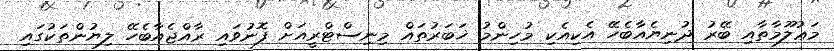
މަޢުލޫމާތާއި ބޭރު ދުނިޔެއާބެހޭ އެކިއެކި މުހިންމު ޚަބަރުތައް މިނިސްޓްރީއަށް ފޮނުވައި ރާއްޖެއާބެހޭ ލިޔުންތަކުގައި